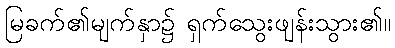
မြခက်၏မျက်နှာ၌ ရှက်သွေးဖျန်းသွား၏။